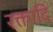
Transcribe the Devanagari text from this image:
रक्तादि